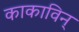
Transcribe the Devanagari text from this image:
काकाविन्